Vaccination in Bombay 1913-1923 - 1913-1923
Year: 1913
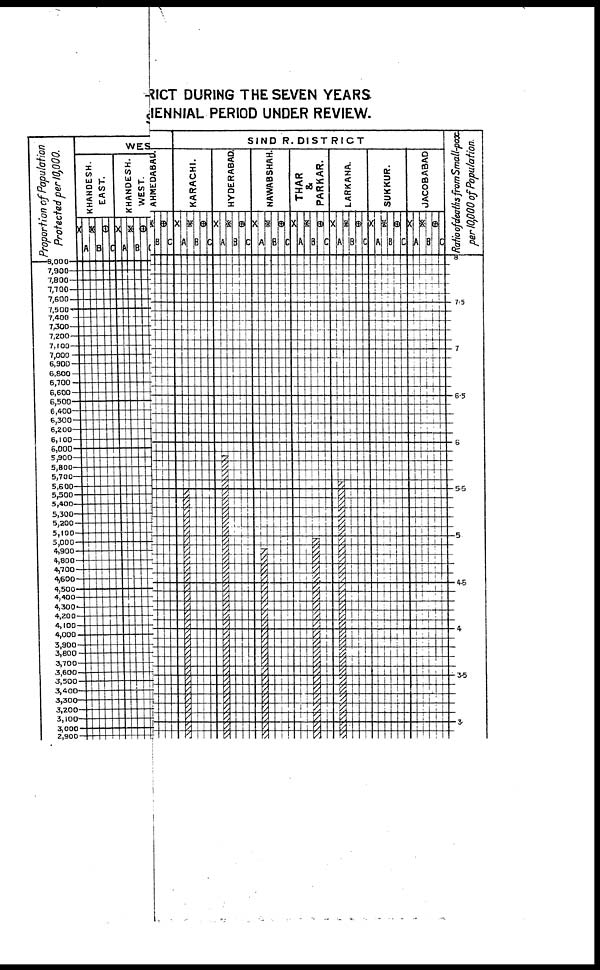
-RICT DURING THE SEVEN YEARS
IENNIAL PERIOD UNDER REVIEW.